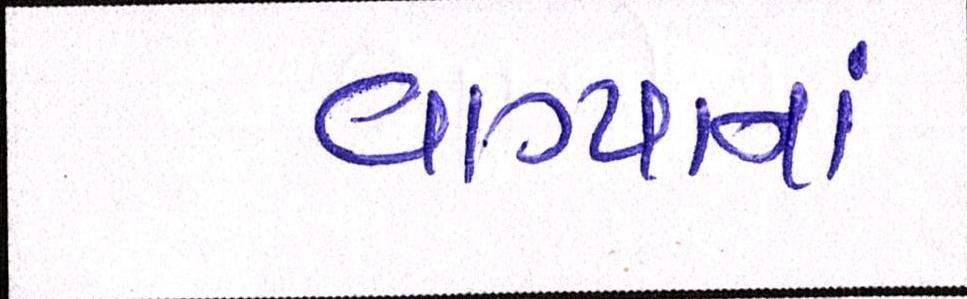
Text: વાગ્યાનાં